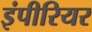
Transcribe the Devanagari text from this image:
इंपीरियर